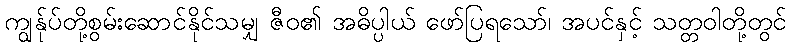
ကျွန်ုပ်တို့စွမ်းဆောင်နိုင်သမျှ ဇီဝ၏ အဓိပ္ပါယ် ဖော်ပြရသော်၊ အပင်နှင့် သတ္တဝါတို့တွင်